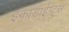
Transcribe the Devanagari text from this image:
इकाडाईप्ट्स